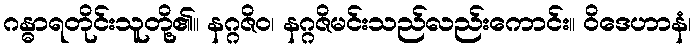
ဂန္ဓာရတိုင်းသူတို့၏။ နဂ္ဂဇိဝ၊ နဂ္ဂဇိမင်းသည်လည်းကောင်း။ ဝိဒေဟာနံ၊